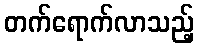
တက်ရောက်လာသည့်